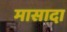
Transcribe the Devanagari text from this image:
मासादा